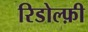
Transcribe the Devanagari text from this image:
रिडोल्फ़ी